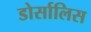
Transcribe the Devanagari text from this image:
डोर्सालिस